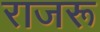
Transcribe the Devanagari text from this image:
राजरू